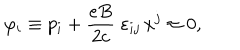
\varphi _ { i } \equiv p _ { i } + \frac { e B } { 2 c } \; \varepsilon _ { i j } \, x ^ { j } \approx 0 ,